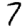
Digit: 7